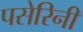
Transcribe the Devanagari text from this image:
पसेरिनी